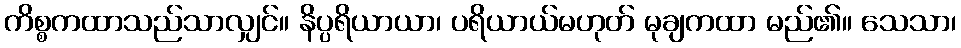
ကိစ္စကထာသည်သာလျှင်။ နိပ္ပရိယာယာ၊ ပရိယာယ်မဟုတ် မုချကထာ မည်၏။ သေသာ၊